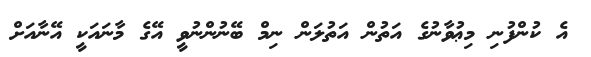
އެ ކުންފުނި މިޢުވާނުގެ އަތުން އަތުލަން ނިމް ބޭނުންނުވީ އޭގެ މާނައަކީ އޭނާއަށް